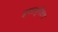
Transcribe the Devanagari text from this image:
इगतपुरीतच